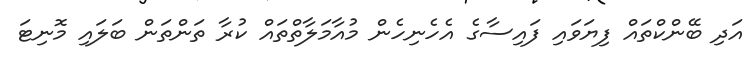
އަދި ބޭންކްތައް ފިޔަވައި ފައިސާގެ އެހެނިހެން މުއާމަލާތްތައް ކުރާ ތަންތަން ބަލައި މޮނިޓަ